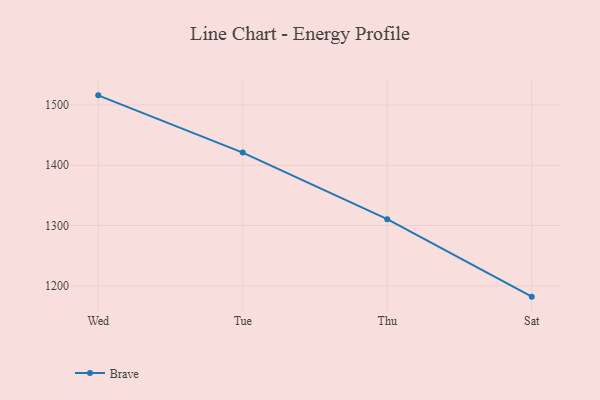
{"axis": {"x": "Day", "y": "Conversion Rate (%)"}, "legend": ["Brave"], "data": [{"x": "Wed", "y": 1516.0, "type": "Brave"}, {"x": "Tue", "y": 1421.0, "type": "Brave"}, {"x": "Thu", "y": 1310.6, "type": "Brave"}, {"x": "Sat", "y": 1182.0, "type": "Brave"}]}